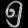
Digit: ၅